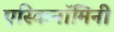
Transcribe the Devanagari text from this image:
एस्किनॉमिनी